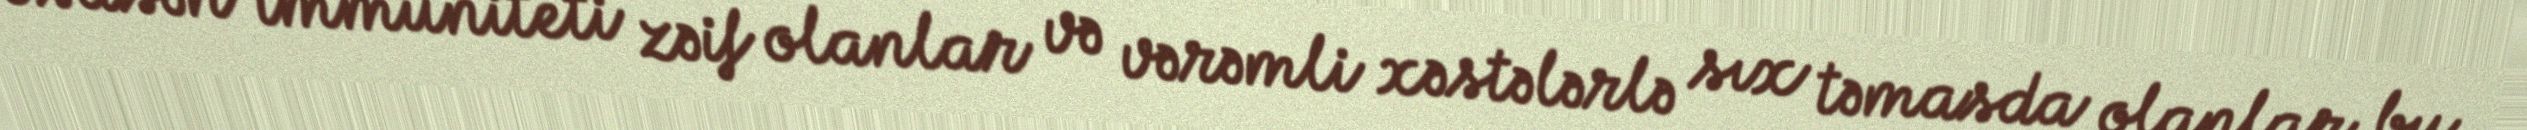
Əsasən immuniteti zəif olanlar və vərəmli xəstələrlə sıx təmasda olanlar bu